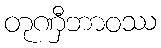
တုဏှီဘာဝဿ